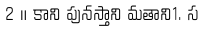
2 ॥ కాని పునస్తాని మతాని1. స